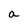
Character: a